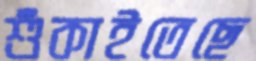
শুঁকাইতেছে